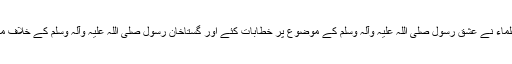
جمعہ کے اجتماعات میں علماء نے عشق رسول صلی اللہ علیہ وآلہ وسلم کے موضوع پر خطابات کئے اور گستاخانِ رسول صلی اللہ علیہ وآلہ وسلم کے خلاف مذمتی قرارداتیں منظور کیں۔